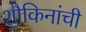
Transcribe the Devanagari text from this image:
शौकिनांची